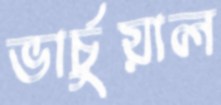
ভার্চুয়াল